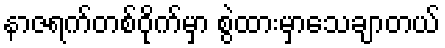
နာဇရက်တစ်ဝိုက်မှာ စွဲထားမှာသေချာတယ်